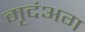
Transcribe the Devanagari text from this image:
मृदंअग